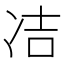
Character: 𭂋